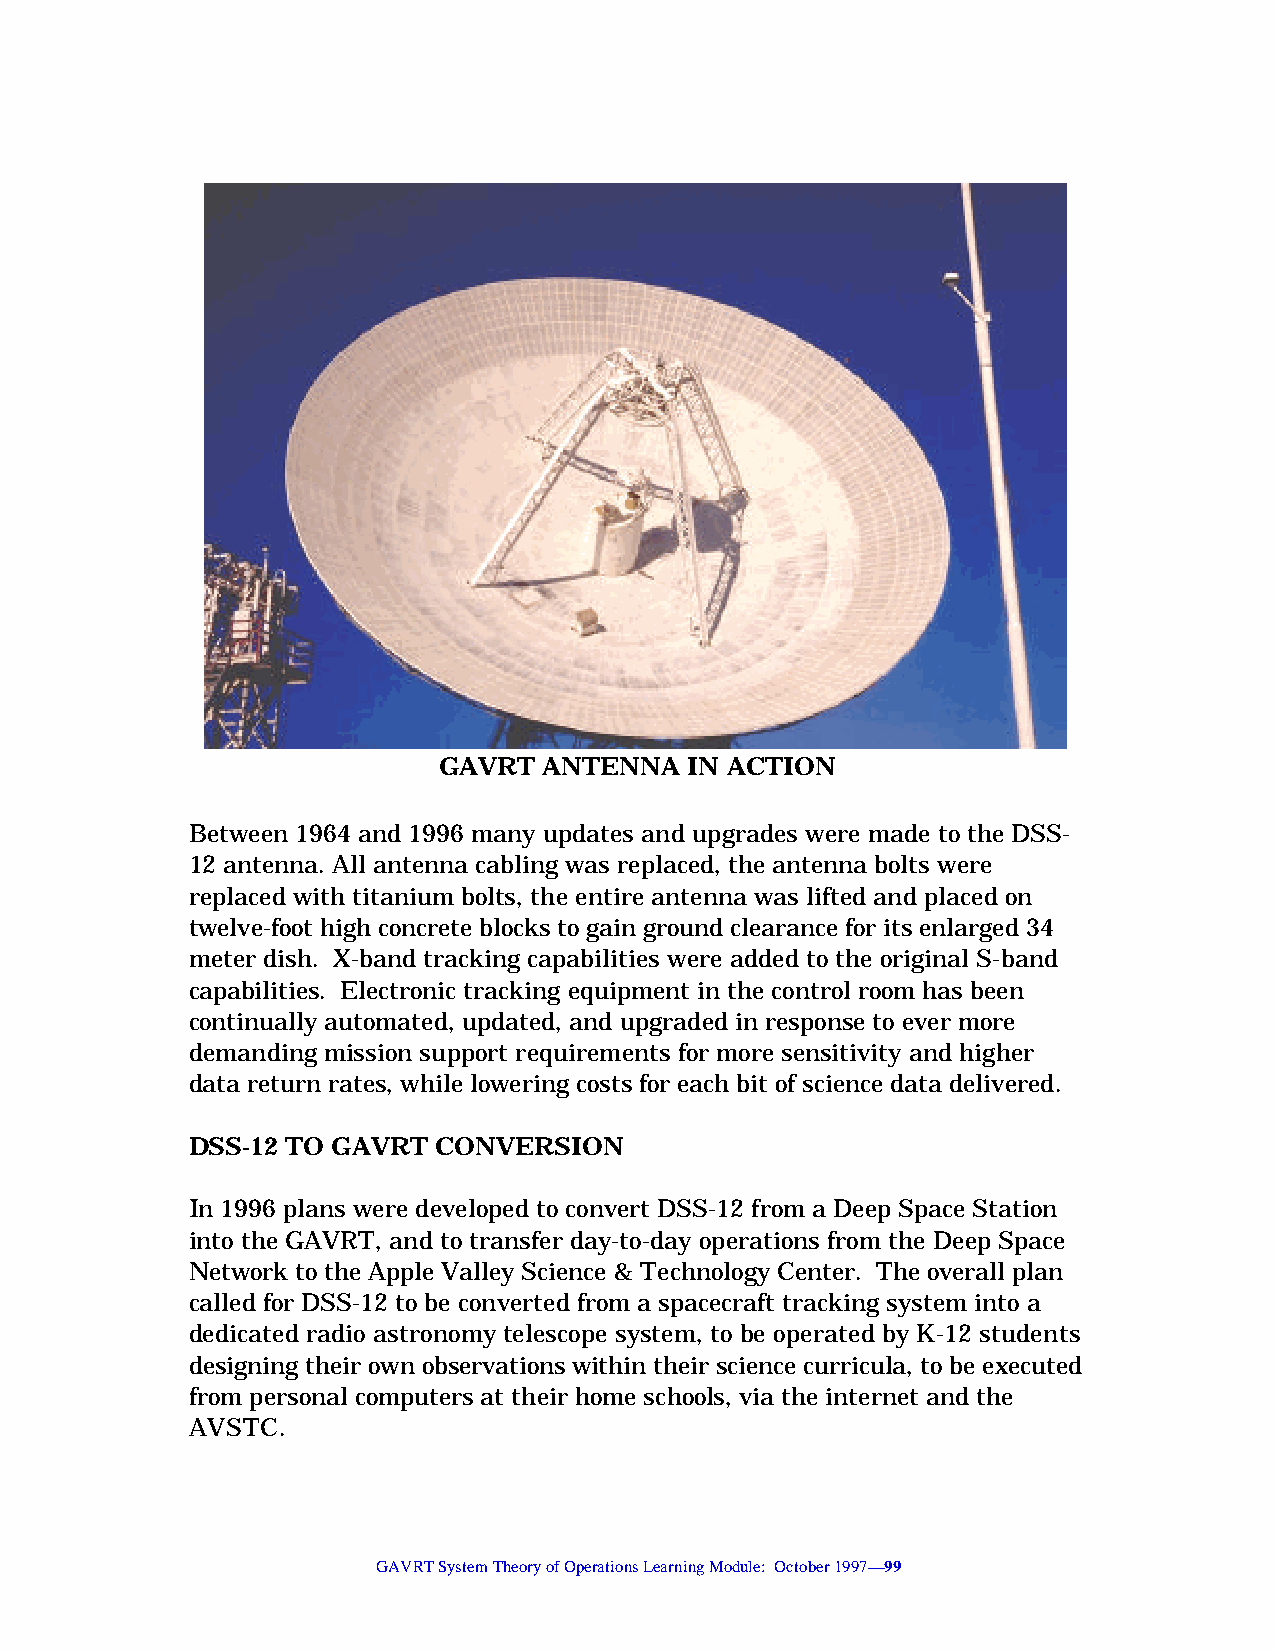
GAVRT  ANTENNA   IN ACTION
 Between 1964 and 1996 many updates and upgrades were made to the DSS-
 12 antenna. All antenna cabling was replaced, the antenna bolts were
 replaced with titanium bolts, the entire antenna was lifted and placed on
 twelve-foot high concrete blocks to gain ground clearance for its enlarged 34
 meter dish. X-band tracking capabilities were added to the original S-band
 capabilities. Electronic tracking equipment in the control room has been
 continually automated, updated, and upgraded in response to ever more
 demanding mission support requirements for more sensitivity and higher
 data return rates, while lowering costs for each bit of science data delivered.
 DSS-12 TO GAVRT  CONVERSION
 In 1996 plans were developed to convert DSS-12 from a Deep Space Station
 into the GAVRT, and to transfer day-to-day operations from the Deep Space
 Network to the Apple Valley Science & Technology Center. The overall plan
 called for DSS-12 to be converted from a spacecraft tracking system into a
 dedicated radio astronomy telescope system, to be operated by K-12 students
 designing their own observations within their science curricula, to be executed
 from personal computers at their home schools, via the internet and the
 AVSTC.
 GAVRT System Theory of Operations Learning Module: October 1997—99